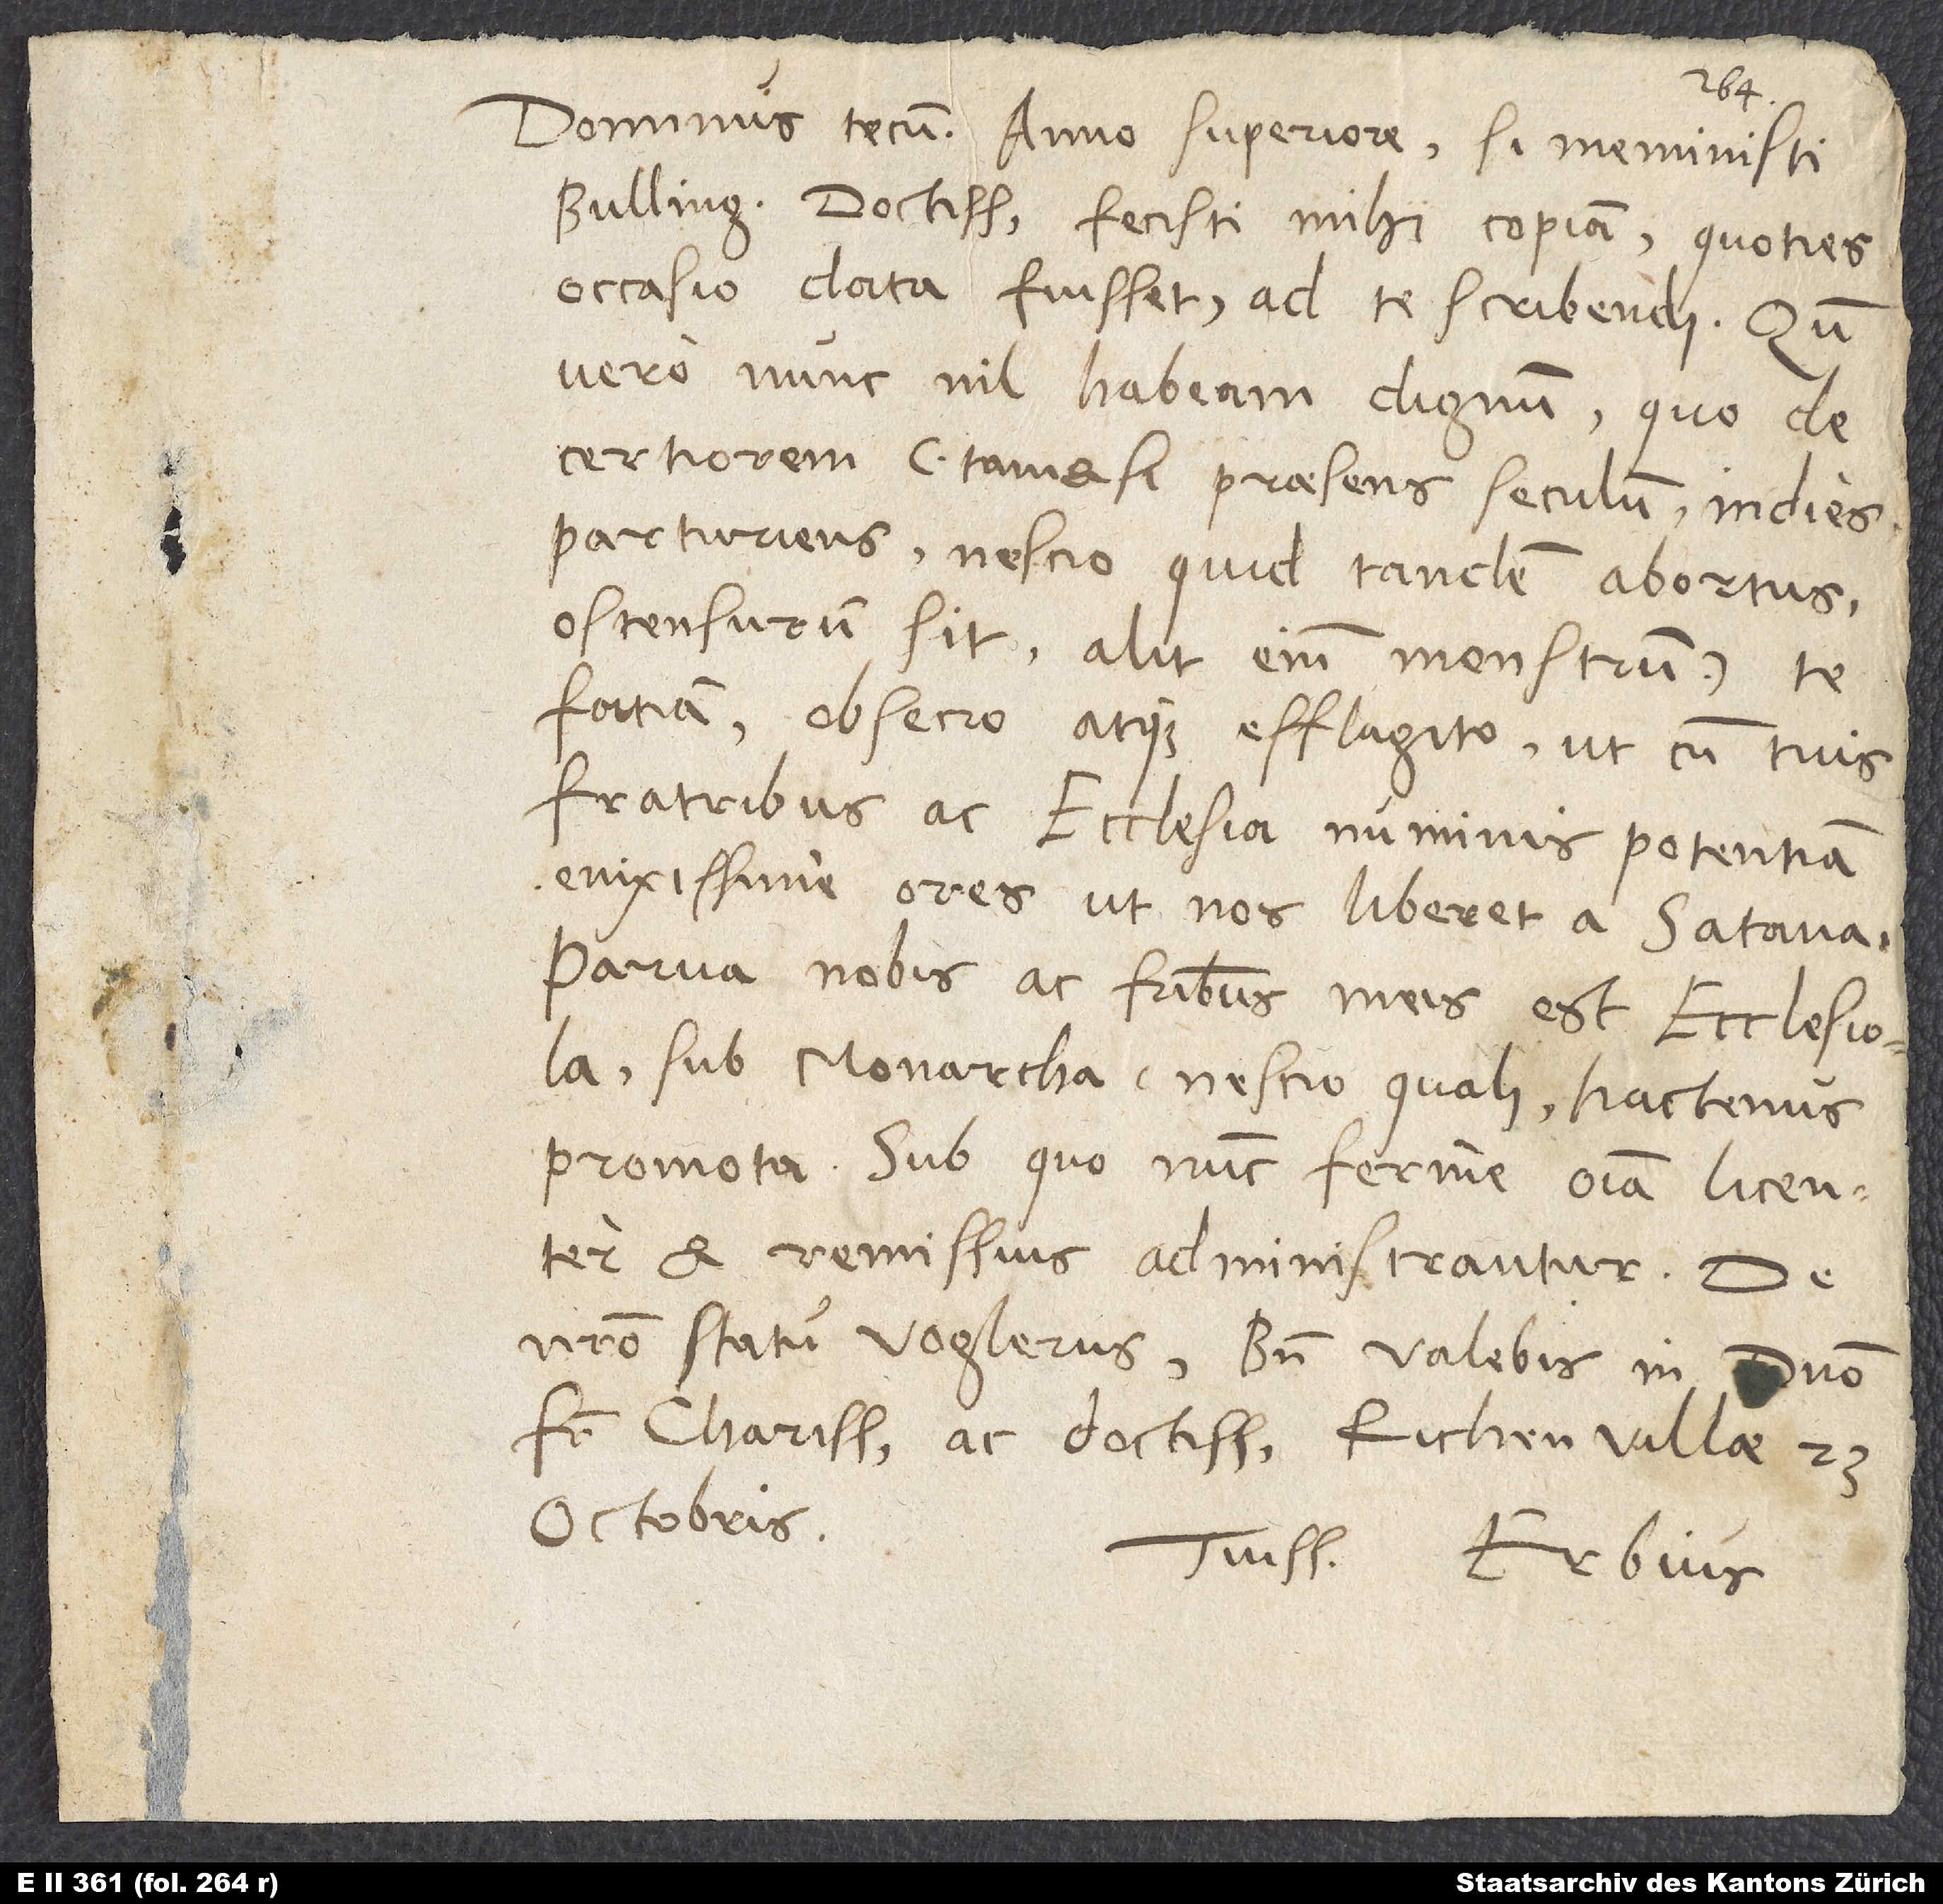
Dominus tecum. Anno superiore, si meministi,
Bullingere doctissime, fecisti mihi copiam, quoties
occasio data fuisset, ad te scribendi. Quum
vero nunc nil habeam dignum, quo de
certiorem (tametsi praesens seculum indies
parturiens nescio quid tandem abortus
ostensurum sit; alit enim monstrum) te
faciam, obsecro atque efflagito, ut cum tuis
fratribus ac ecclesia numinis potentiam
enixissime ores, ut nos liberet a satana.
Parva nobis ac fratribus meis est ecclesiola
sub monarcha nescio quali hactenus
promota, sub quo nunc ferme omnia licenter
et remissius administrantur. De
nostro statu Voglerus. Bene valebis in domino,
frater charissime ac doctissime. Richenvillae, 23.
octobris.
Tuissimus Erbius.